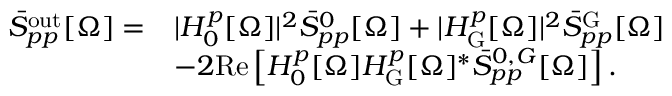
\begin{array} { r l } { \bar { S } _ { p p } ^ { \mathrm { o u t } } [ \Omega ] = } & { | H _ { 0 } ^ { p } [ \Omega ] | ^ { 2 } \bar { S } _ { p p } ^ { 0 } [ \Omega ] + | H _ { \mathrm { G } } ^ { p } [ \Omega ] | ^ { 2 } \bar { S } _ { p p } ^ { \mathrm { G } } [ \Omega ] } \\ & { - 2 \mathrm { R e } \left[ H _ { 0 } ^ { p } [ \Omega ] H _ { \mathrm { G } } ^ { p } [ \Omega ] ^ { * } \bar { S } _ { p p } ^ { 0 , G } [ \Omega ] \right] . } \end{array}